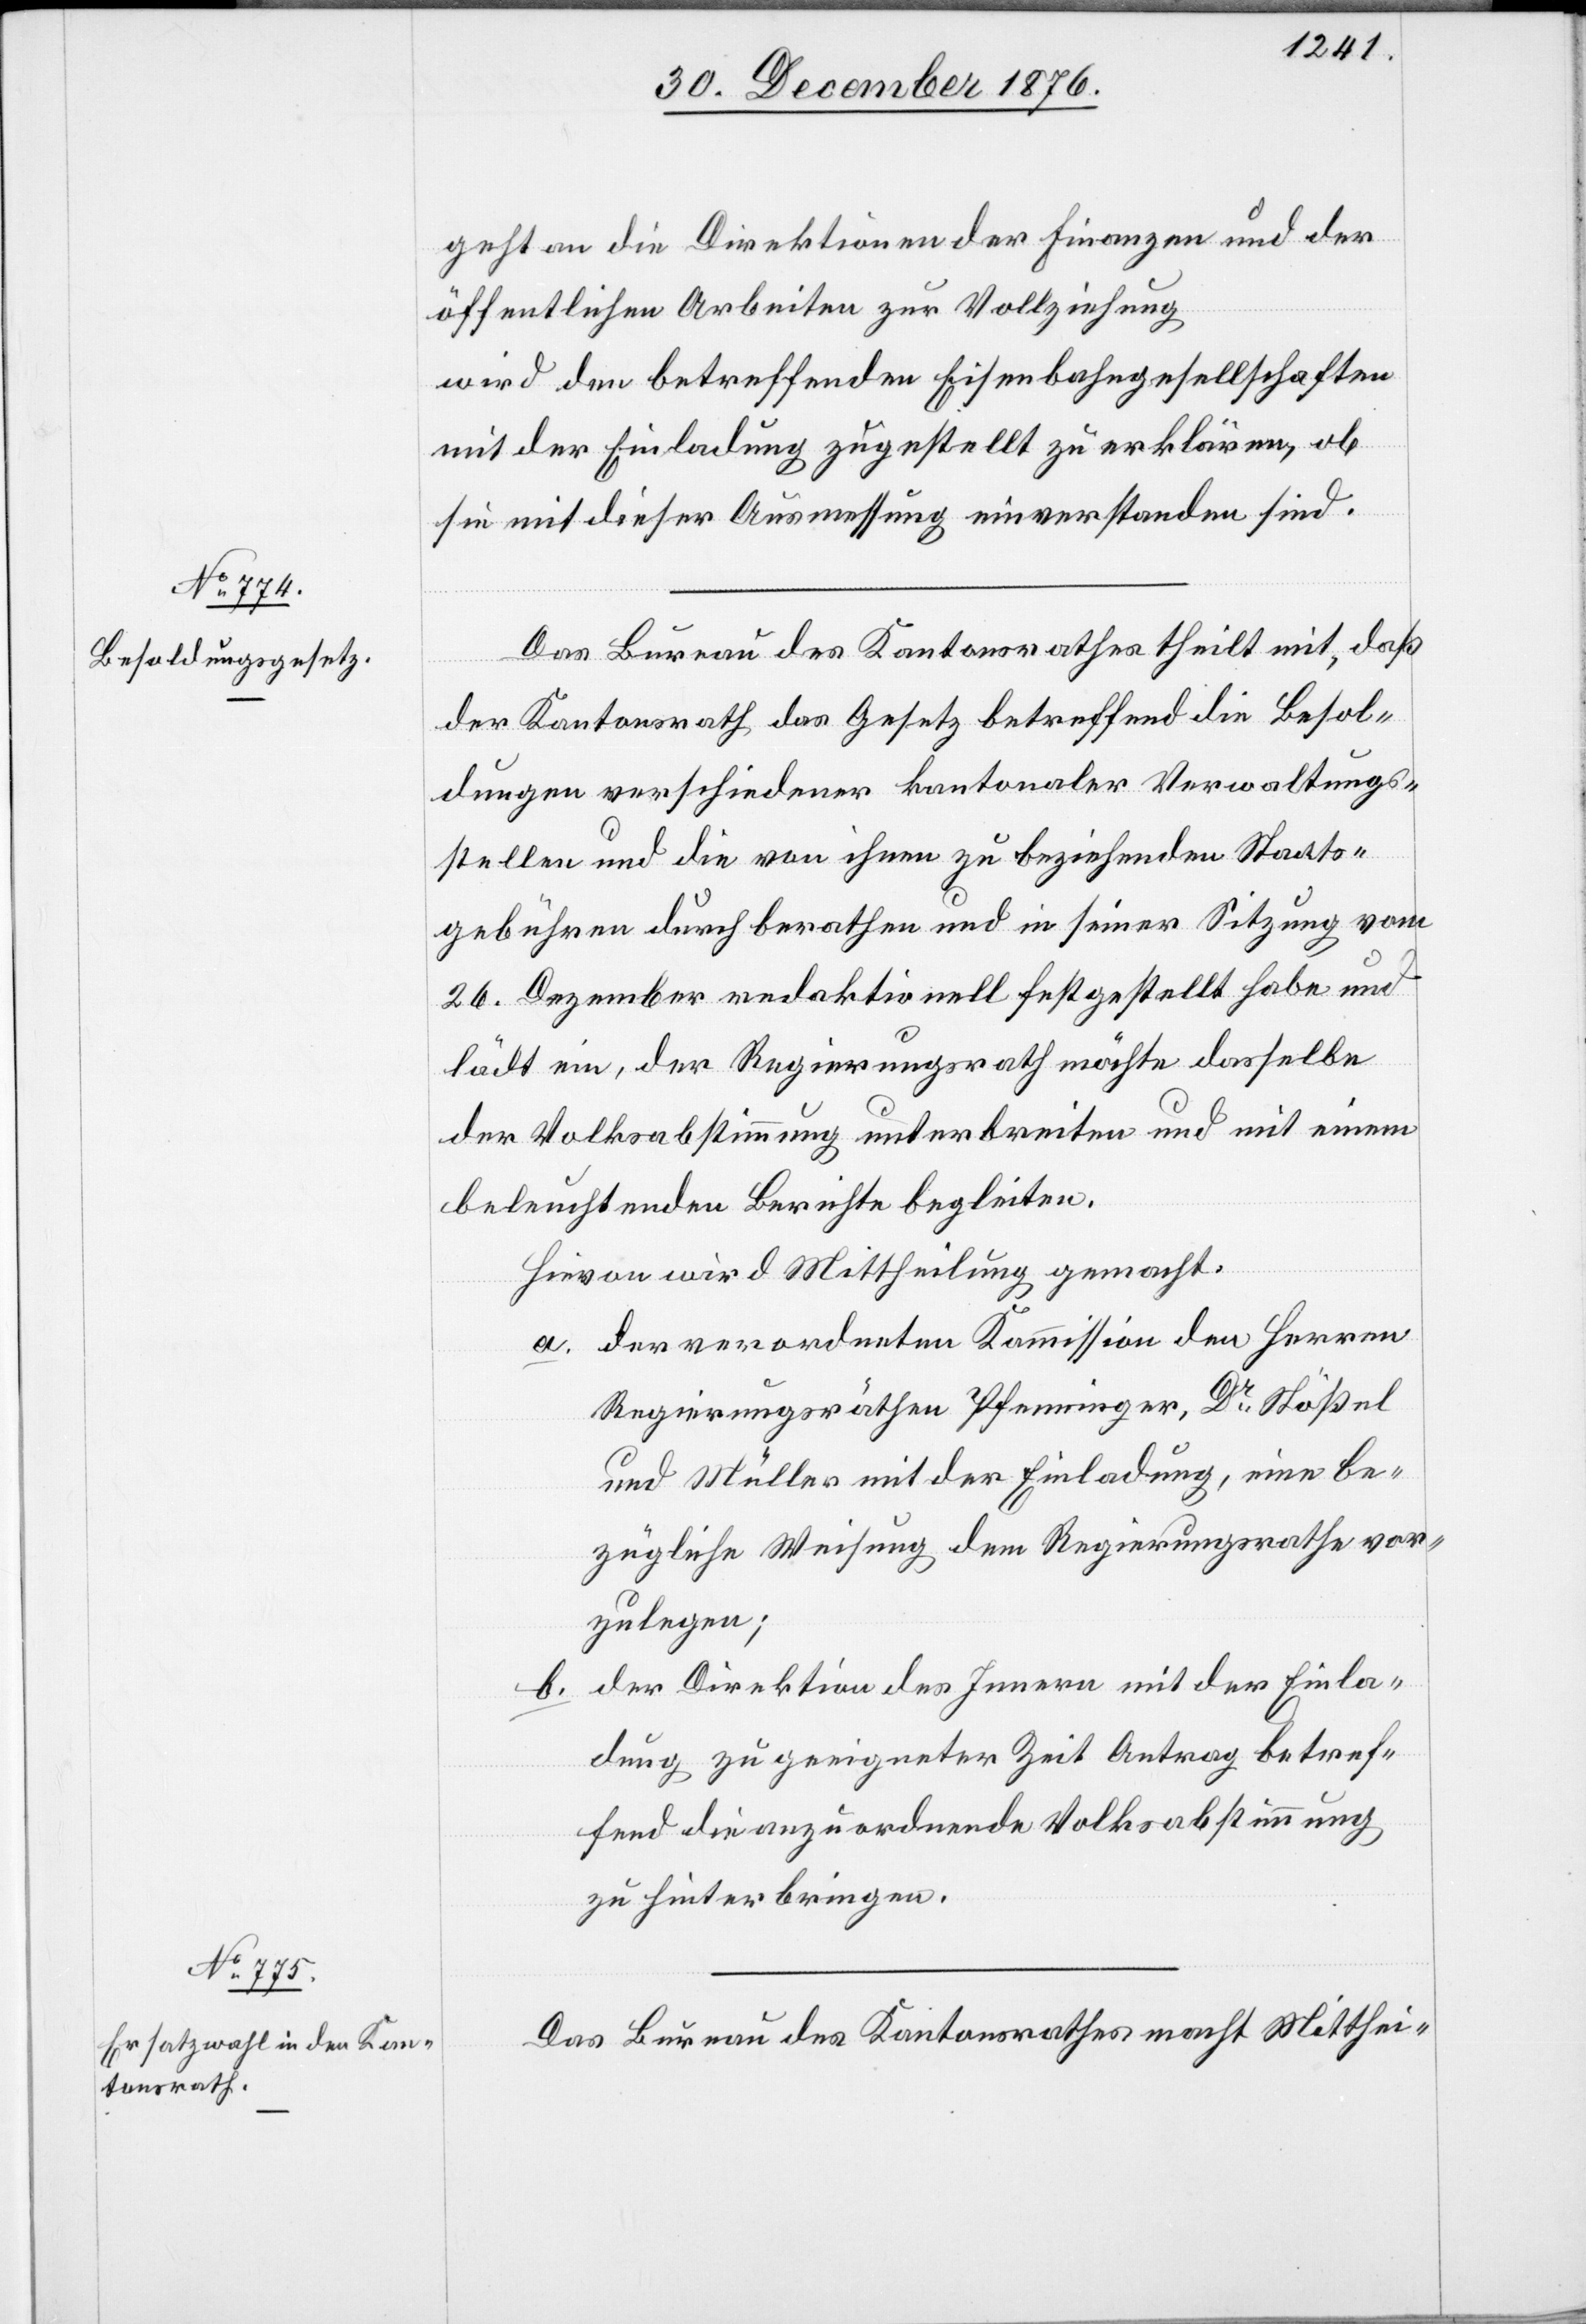
geht an die Direktion der Finanzen und der
öffentlichen Arbeiten zur Vollziehung
wird den betreffenden Eisenbahngesellschaften
mit der Einladung zugestellt zu erklären, ob
sie mit dieser Ausmessung einverstanden sind.
Das Bureau des Kantonsrathes theilt mit, daß
der Kantonsrath das Gesetz betreffend die Besol¬
dungen verschiedener kantonaler Verwaltungs¬
stellen und die von ihnen zu beziehenden Staats¬
gebühren durchberathen und in seiner Sitzung vom
26. Dezember redaktionell festgestellt habe und
lädt ein, der Regierungsrath möchte dasselbe
der Volksabstimmung unterbreiten und mit einem
beleuchtenden Berichte begleiten.
Hievon wird Mittheilung gemacht:
a. der verordneten Kommission der Herren
Regierungsräthen Pfenninger, Dr Stößel
und Müller mit der Einladung, eine be¬
zügliche Weisung dem Regierungsrathe vor¬
zulegen;
b. der Direktion des Innern mit der Einla¬
dung zu geeigneter Zeit Antrag betref¬
fend die anzuordnende Volksabstimmung
zu hinterbringen.
Das Bureau des Kantonsrathes macht Mitthei-